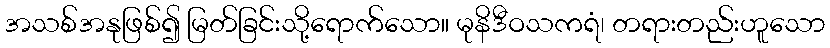
အသစ်အနုဖြစ်၍ မြတ်ခြင်းသို့ရောက်သော။ မုနိဒီဝသကရံ၊ တရားတည်းဟူသော